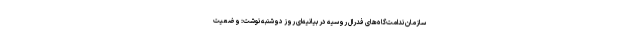
سازمان ندامت‌گاه‌های فدرال روسیه در بیانیه‌ای روز دوشنبه‌ نوشت: وضعیت